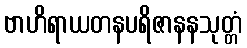
ဗာဟိရာယတနပရိဇာနနသုတ္တံ